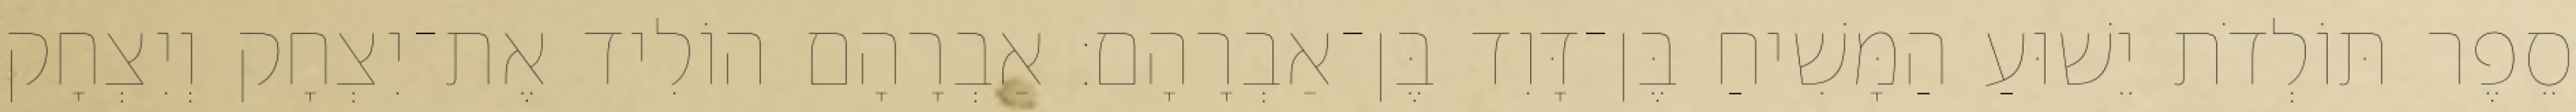
סֵפֶר תּוֹלְדֹת יֵשׁוּעַ הַמָּשִׁיחַ בֶּן־דָּוִד בֶּן־אַבְרָהָם׃ אַבְרָהָם הוֹלִיד אֶת־יִצְחָק וְיִצְחָק